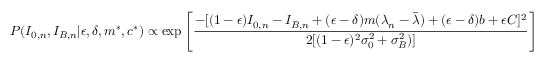
P ( I _ { 0 , n } , I _ { B , n } | \epsilon , \delta , m ^ { * } , c ^ { * } ) \propto \exp \left[ \frac { - [ ( 1 - \epsilon ) I _ { 0 , n } - I _ { B , n } + ( \epsilon - \delta ) m ( \lambda _ { n } - \bar { \lambda } ) + ( \epsilon - \delta ) b + \epsilon C ] ^ { 2 } } { 2 [ ( 1 - \epsilon ) ^ { 2 } \sigma _ { 0 } ^ { 2 } + \sigma _ { B } ^ { 2 } ) ] } \right]